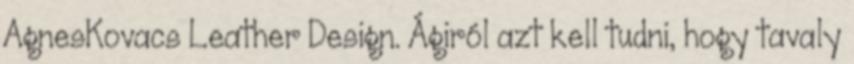
AgnesKovacs Leather Design. Ágiról azt kell tudni, hogy tavaly